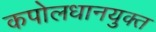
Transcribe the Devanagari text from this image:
कपोलधानयुक्त